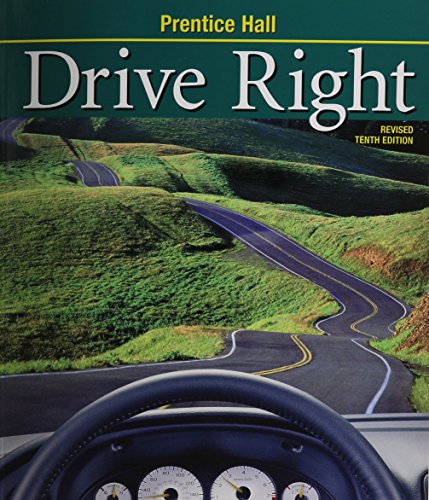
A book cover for DRIVE RIGHT 10TH EDITION REVISED STUDENT EDITION (SOFT) 2003C; Margaret L. Johnson; Test Preparation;